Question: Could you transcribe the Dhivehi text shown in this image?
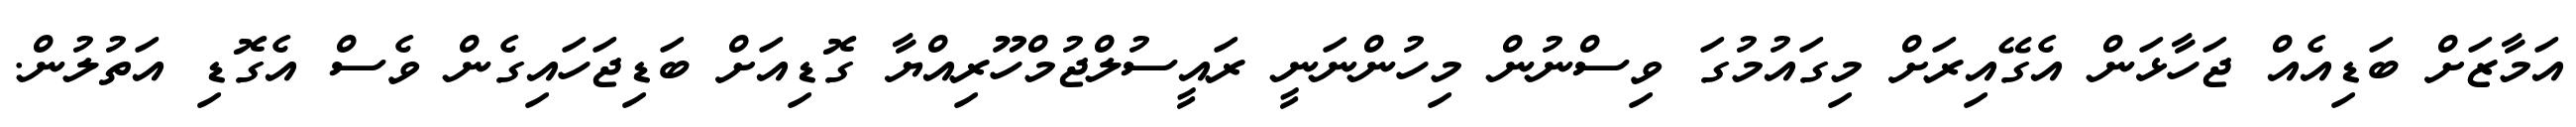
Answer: އަމާޒަށް ބަޑިއެއް ޖަހާޅަން އެގޭއިރަށް މިގައުމުގަ ވިސްނުން މިހުންނަނީ ރައީސުލްޖުމްހޫރިއްޔާ ގޮޑިއަށް ބަޑިޖަހައިގެން ވެސް އެގޮޑި އަތުލުން.